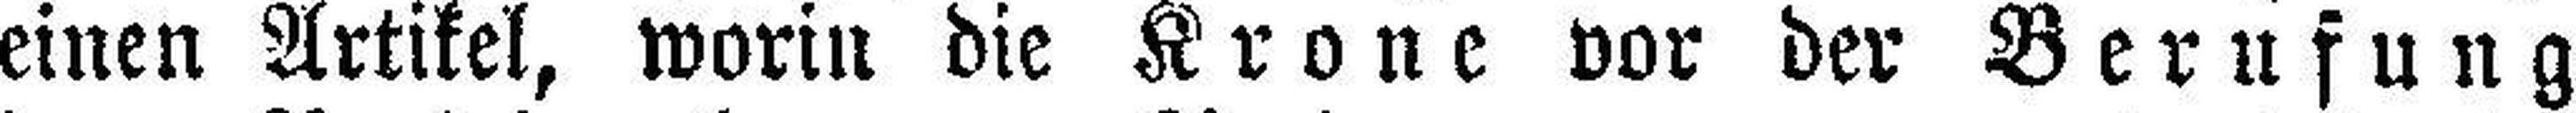
einen Artikel, worin die Krone vor der Berufung